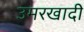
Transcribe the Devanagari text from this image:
उमरखादी